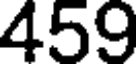
459